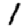
Digit: 1